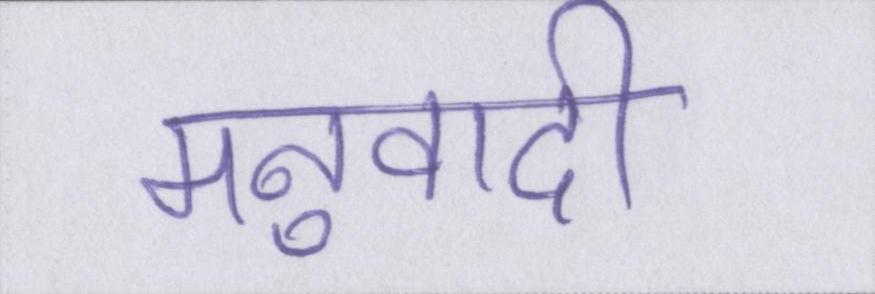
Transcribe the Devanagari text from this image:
मनुवादी